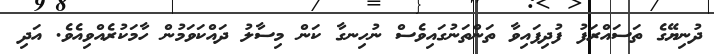
ދުނިޔޭގެ ތަސައްރަފު ފުދިފައިވާ ތަންތަނުގައިވެސް ނުހިނގާ ކަން މިސާލު ދައްކަވަމުން ހާމަކުރެއްވިއެވެ. އަދި